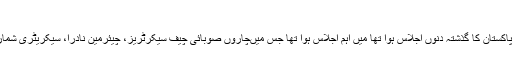
ریونیو باو¿نڈریز منجمد کرنے کا فیصلہ
انتخابات 2018کے حوالہ سے الیکشن کمشن آف پاکستان کا گذشتہ دنوں اجلاس ہوا تھا میں اہم اجلاس ہوا تھا جس میںچاروں صوبائی چیف سیکرٹریز، چیئرمین نادرا، سیکریٹری شماریات اور صوبائی الیکشن کمشنرزنے شرکت کی۔